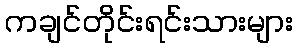
ကချင်တိုင်းရင်းသားများ